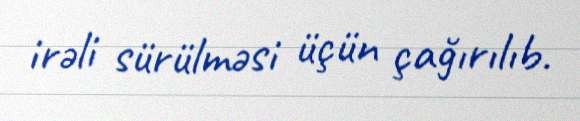
irəli sürülməsi üçün çağırılıb.